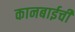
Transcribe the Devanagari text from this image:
कानबाईची